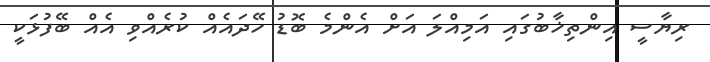
ރިޔާސީ އިންތިޚާބުގައި އަމިއްލަ އަށް އެންމެ ބޮޑު ހޭދައެއް ކުރެއްވި އެއް ބޭފުޅަކީ